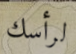
لرأسك